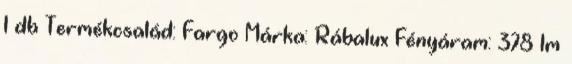
1 db Termékcsalád: Fargo Márka: Rábalux Fényáram: 378 lm